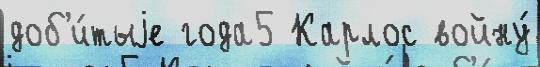
доб'и́тыjе года5 Карлос войну́